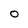
Character: O